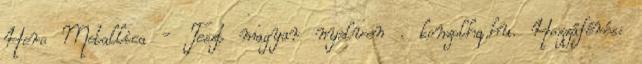
Hero Metallica - Teszt magyar nyelven . konzolhq.hu. Hozzáférés: